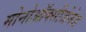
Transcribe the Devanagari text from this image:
मोनोऑक्सीजेनेज